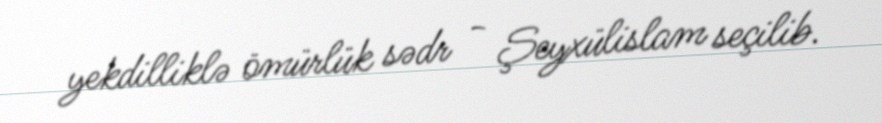
yekdilliklə ömürlük sədr - Şeyxülislam seçilib.